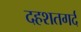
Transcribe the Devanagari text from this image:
दहशतगर्द